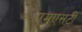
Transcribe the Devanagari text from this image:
एमएसटी